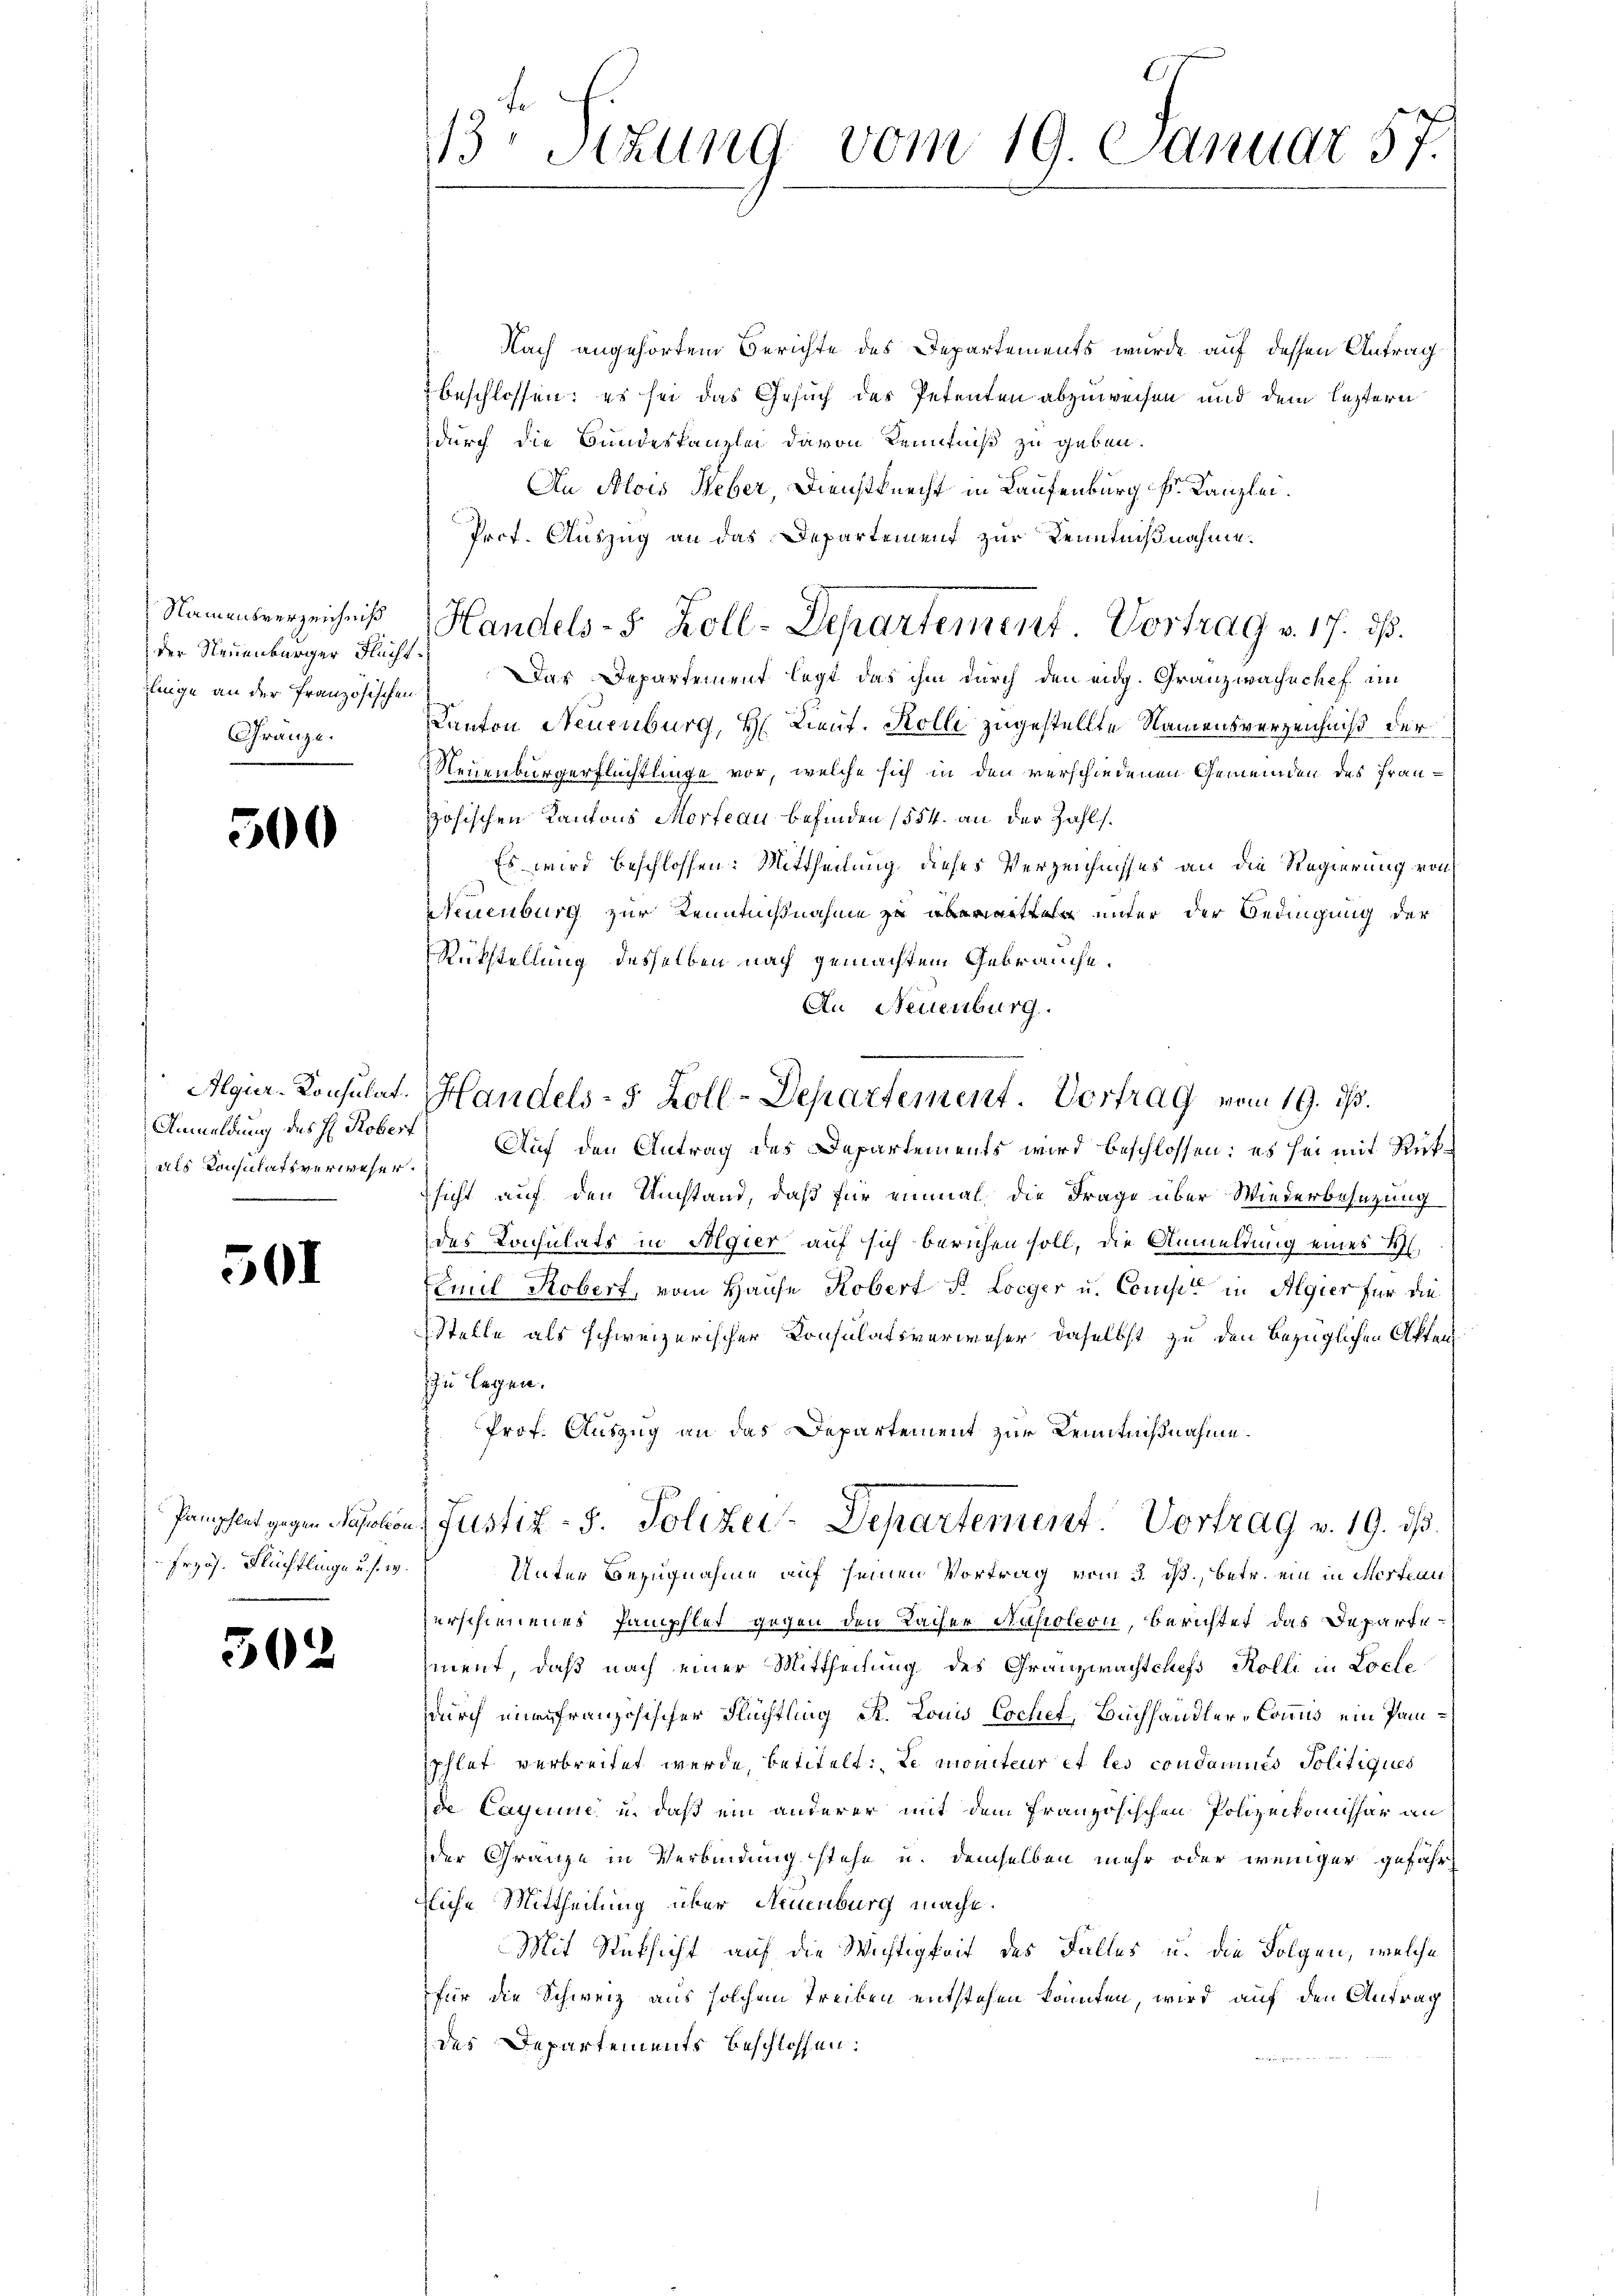
Namensverzeichniß
der Neuenburger Flucht.
linge an der französischen
Gränze.

500

Algur-Konsulat.
als Consulats verwesen.
e

501

Przös. Flüchtlinge u. s. w.

502

113 Stzung vom 19. Januar 57.

Nach angehörtem Berichte des Departements wurde auf dessen Antrag
 beschlossen; es sei das Gesuch des Petenten abzuweisen und dem leztern
durch die Bundeskanzlei davon Kenntniß zu geben.
An Alois Weber, Dienstknecht in Laufenburg Fr. Kanzlei.
Prof. Auszug an das Departement zur Kenntnißnahme.
Das Departement legt das ihm durch den eidg. Granzwachschef im
Kanton Neuenburg, H. Lieut. Kolli zugestellte Namensverzeichniß der
Neuenburgerflüchtlinge vor, welche sich in den verschiedenen Gemeinden des Französischen Kantons Morfe au befinden (554. an der Zahls.
Es wird beschlossen: Mittheilung dieses Verzeichnisses an die Regierung von
Neuenburg zur Kenntnißnahme zu unter der Bedingung der
Rükstellung desselben nach gemachtem Gebrauche.
An Neuenburg.
Anmeldung des H. Kobert Auf den Antrag des Departements wird beschlossen: es sei mit Rüksicht auf den Umstand, daß für einmal die Frage über Wiederbesezung
des Consulats in Algier auf sich berichen soll, die Anmeldung eines E.
Emil Kobert, vom Hause Kobert St. Loeger u. Conser in Algier für die
Stelle als schweizerischer Consulatsverweser daselbst zu den bezüglichen Akten
zu legen.
Prof. Auszug an das Departement zur Kenntnißnahme.
Pamphlet gegen Passion Justiz- 5. Polizei-Departement. Vortrag v. 19. ds.
Unter Bezugnahme auf seinen Vortrag vom 3. ds., betr. ein in Mostian
zerschienenes Pamphlet gegen den Sacher Napoleon, berichtet das Departement, daß nach einer Mittheilung des Granzwachtchefs Kolli in Locle
durch mir französischer Flüchtling R. Louis Eschet, Buchhändler-Commis ein Pansphlet verbreitet werde, betitelt: Le moniteur et les condamnés Politiques
de Laquise u. daß ein anderer mit dem französischen Polizeikomissar an
der Gränze in Verbindung stehe u. demselben mehr oder weniger gefahr
zliche Mittheilung über Neuenburg mache.
Mit Rüksicht auf die Wichtigkeit des Falles u. die Folgen, welche
für die Schweiz aus solchem Treiben entstehen könnten, wird auf den Antrag
des Departements beschlossen:

Handels- 5 Zoll-Departement Vortrag v. 17. dß.

Handels- 5 Zoll-Departement. Vortrag vom 19. ds.